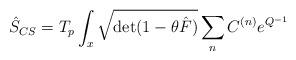
LaTeX: \begin{align*}\hat{S}_{CS} = T_p \int_x {\sqrt{\hbox{det}(1-\theta \hat F)}}\sum_nC^{(n)}e^{Q^{-1}}\end{align*}